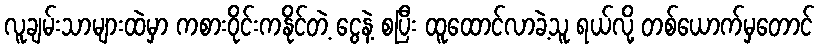
လူချမ်းသာများထဲမှာ ကစားဝိုင်းကနိုင်တဲ့ ငွေနဲ့ စပြီး ထူထောင်လာခဲ့သူ ရယ်လို့ တစ်ယောက်မှတောင်